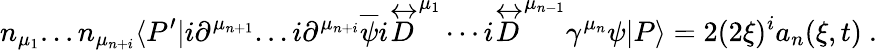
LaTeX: n_{\mu_{1}}...n_{\mu_{n+i}}\langle P^{\prime}|i\partial^{\mu_{n+1}}...i\partial^{\mu_{n+i}}\overline{{\psi}}i\stackrel{\leftrightarrow}{D}^{\mu_{1}}\cdots i\stackrel{\leftrightarrow}{D}^{\mu_{n-1}}\gamma^{\mu_{n}}\psi|P\rangle=2(2\xi)^{i}a_{n}(\xi,t)\ .